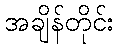
အချိန်တိုင်း